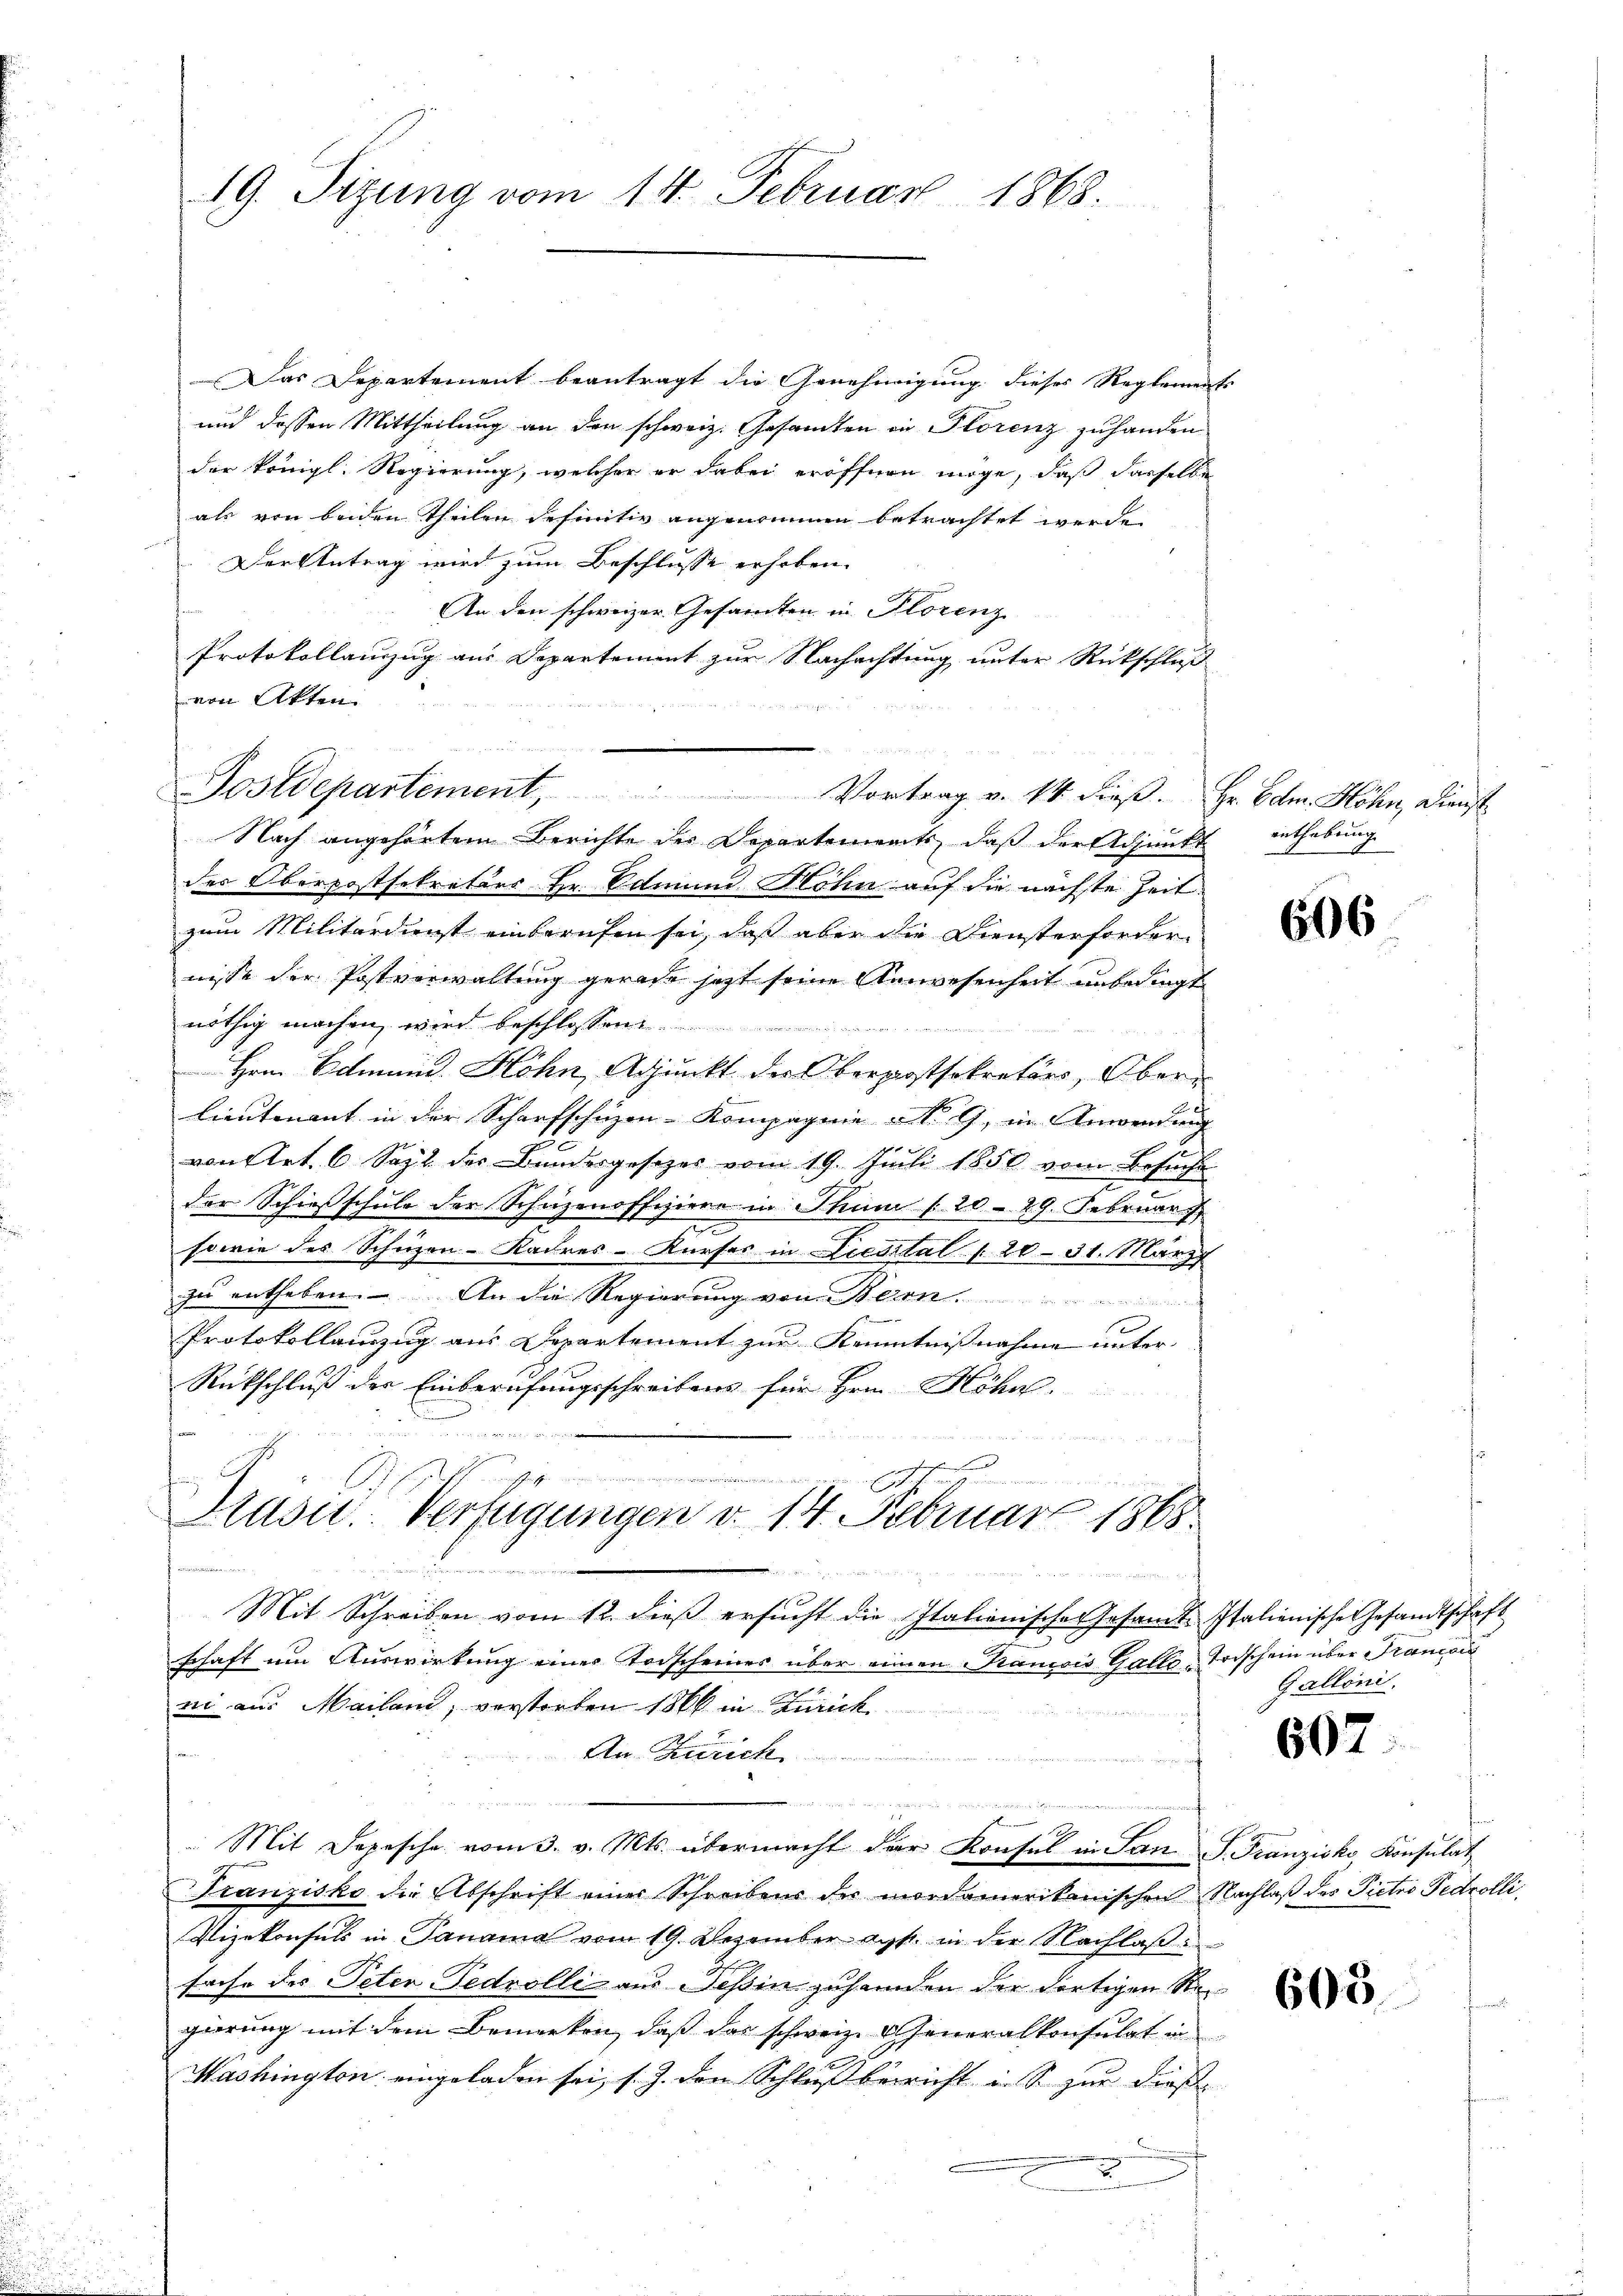
19. Sizung vom 14. Februar 1868.

Das Departement beantragt die Genehmigung dieses Reglement
und dessen Mittheilung an den schweiz. Gesamten in Florenz zuhanden
der königl. Regierung, welcher er dabei eröffnen möge, daß dasselbe
als von beiden Theilen definitiv angenommen betrachtet werde
Der Antrag wird zum Beschlusse erhoben.
An den schweizer. Gesandten in Florenz
Protokollanzug aus Departement zur Nachachtung unter Rückschluß
von Akten.
2 x
Nach angehörtem Berichte der Departements, daß der Adjunkt enthebung
der Oberpostsekretärs Hr. Edmund Möhn auf die nächste Zeitzum Militärdienst einberufen sei, daß aber die Diensterfordernisse der Postverwaltung gerade jetzt seine Anwesenheit unbedingt
nöthig machen, wird beschlossen.
Hrn. Edmund. Hohn, Adjunkt der Obergassekretärs, Ober¬
Lieutenant in der Scharfschüzen-Kompagnie No. 9, in Anwendung
von Art. 6 Sept. des Bundesgesezes vom 19. Juli 1850 vom Besuche
der Schießschule der Schüzenoffiziere in Thun / 20 - 29. Februar
sowie des Schuzen-Kadres-Kurses in Liestal / 20 - 31. März
zu entheben. – An die Regierung von Bern
Protokollauszug aus Departement zur Kenntnisnahme unter
Rückschluß der Einberufungsschreibens für Hrn. Höhnl.
s

e
Kusn. Verfügungen d. 14. Februar 1868.
2
.
 a. a. a.
Mit Schreiben vom 12. dieß ersucht die Italienische Gesamt-Italienische Gesandtschaft
schaft um Auswirkung einer Todscheines über einen Krancois Gallo-Todschein über Francois
ni aus Mailand, verstorben 1866 in Zürick
An Zürich
n
b
 Mit Depesche vom 3. v. Mts. übermacht der Konsul in San. F. Franziska Konsulat
Franzisko die Abschrift einer Schreibens der mordamerikanischen Nachlaß des Pietro Fedrolli
Vizekonsuls in Panama vom 19. Dezember app. in der Nachlaßsache des Peten Pedvolli aus Tessin zuhanden der dortigen Regierung mit dem Bemerken, daß das schweiz. Generalkonsulat in
Mashington eingeladen sei, s. Z. den Schluß bericht in S. zur dieß
.

Postdepartement, Vortrag v. 14. dieβ. Hr. Edm. Höhn, Dienst

606

Galloni.

662

605.